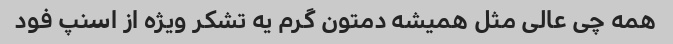
همه چی عالی مثل همیشه دمتون گرم یه تشکر ویژه از اسنپ فود